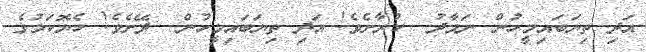
އަދި ތިޔަބައިމީހުން ނަމާދު  ކުރާށެވެ! އަދި ތިޔަބައިމީހުން  ދޭށެވެ! ހެޔޮކަމުގެ